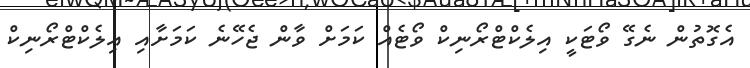
އެގޮތުން ނެގޭ ވޯޓަކީ އިލެކްޓްރޯނިކް ވޯޓެއް ކަމަށް ވާން ޖެހޭނެ ކަމަށާއި އިލެކްޓްރޯނިކް